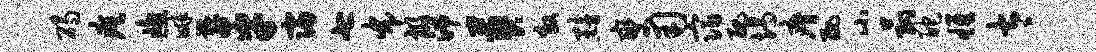
碣瘼窗畔鞠平寝七布祸湍葬效黯燮用宿丑竭瘠丑小菰酡雄太